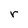
Character: r